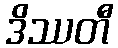
ဒိဿတီ